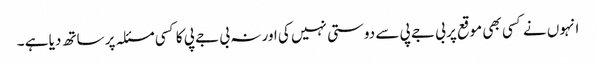
انہوں نے کسی بھی موقع پر بی جے پی سے دوستی نہیں کی اور نہ بی جے پی کا کسی مسئلہ پر ساتھ دیا ہے ۔